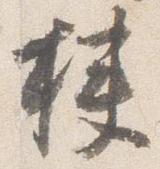
挟